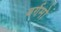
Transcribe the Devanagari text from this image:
बर्गमो